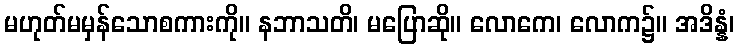
မဟုတ်မမှန်သောစကားကို။ နဘာသတိ၊ မပြောဆို။ လောကေ၊ လောက၌။ အဒိန္နံ၊